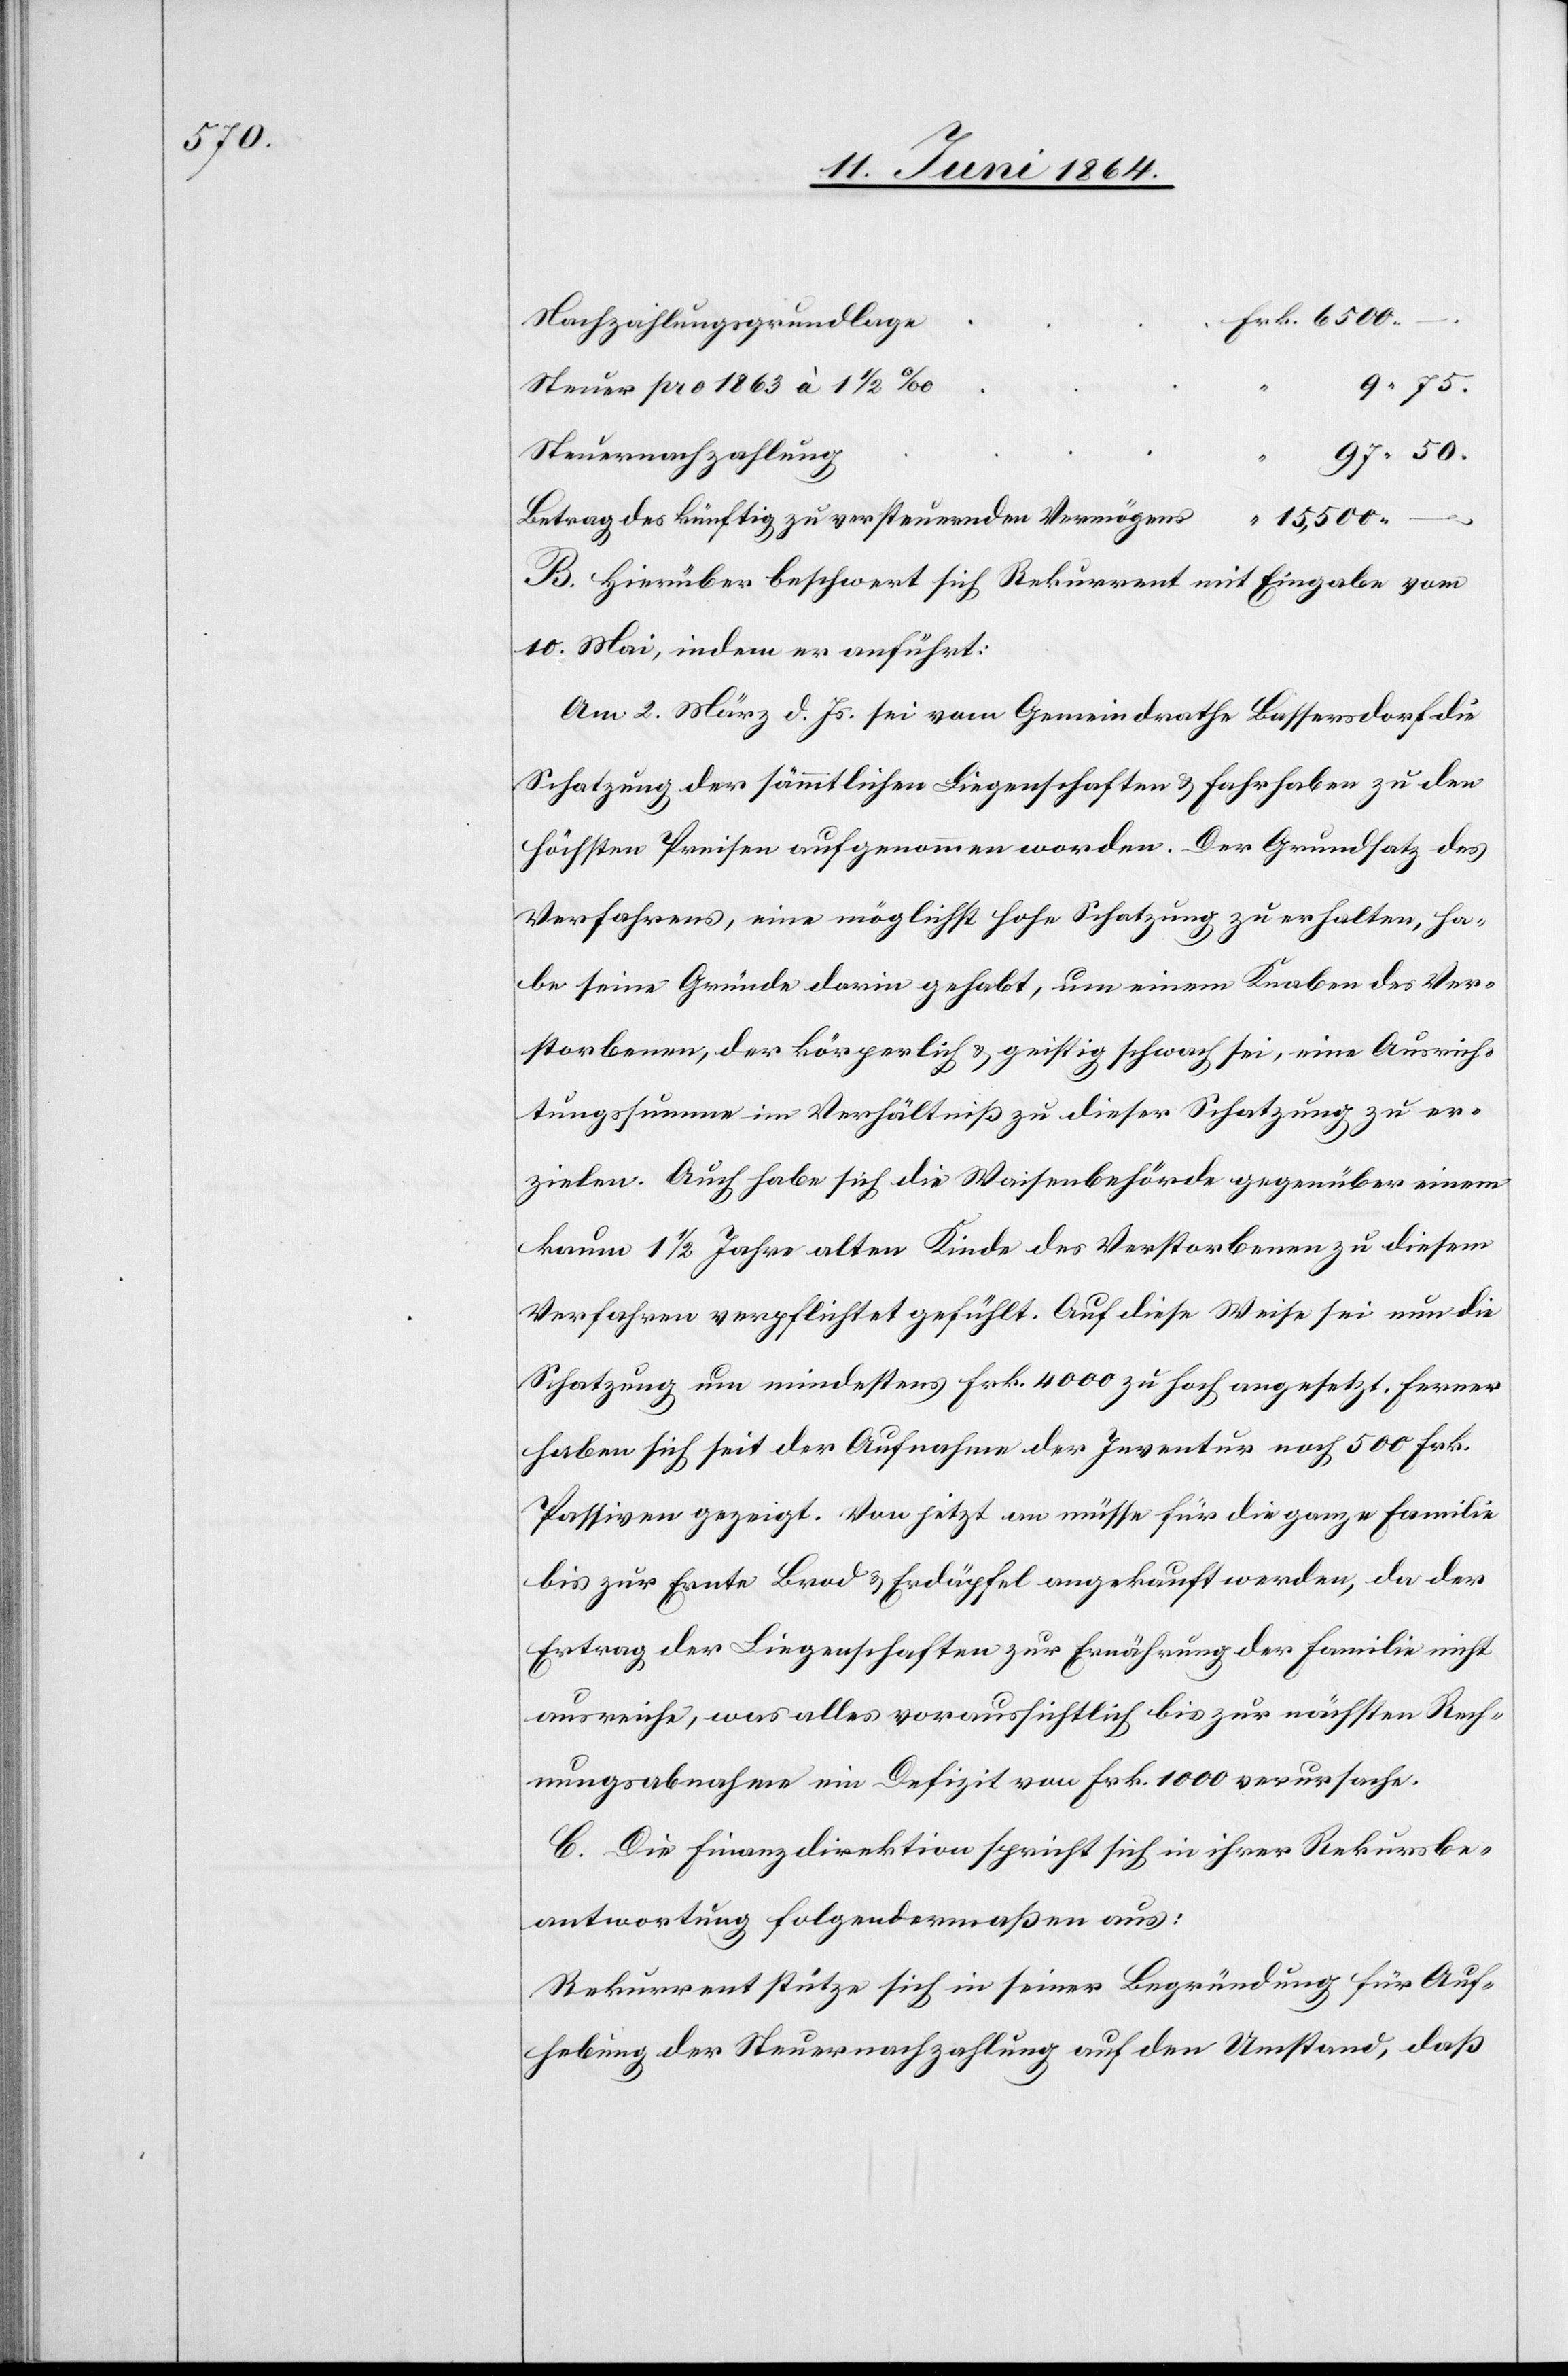
6500

“
Nachzahlungsgrundlage
75.
Steuer pro 1863 à 1 1/2‰
Betrag des künftig zu versteuernden Vermögens
B. Hierüber beschwert sich Rekurrent mit Eingabe vom
10. Mai, indem er anführt:
Am 2. März d. Js. sei vom Gemeindrathe Bassersdorf die
Schatzung der sämmtlichen Liegenschaften u. Fahrhaben zu den
höchsten Preisen aufgenommen worden. Der Grundsatz des
Verfahrens, eine möglichst hohe Schatzung zu erhalten, ha¬
be seine Gründe darin gehabt, um einen Knaben des Ver¬
storbenen, der körperlich u. geistig schwach sei, eine Ausrich¬
tungssumme im Verhältniß zu dieser Schatzung zu er¬
zielen. Auch habe sich die Waisenbehörde gegenüber einem
kaum 1 1/2 Jahre alten Kinde des Verstorbenen zu diesem
Verfahren verpflichtet gefühlt. Auf diese Weise sei nun die
Schatzung um mindestens Frk. 4000 zu hoch angesetzt. Ferner
haben sich seit der Aufnahme der Inventur noch 500 Frk.
Passiven gezeigt. Von jetzt an müsse für die ganze Familie
bis zur Ernte Brod u. Erdäpfel angekauft werden, da der
Ertrag der Liegenschaften zur Ernährung der Familie nicht
ausreiche, was alles voraussichtlich bis zur nächsten Rech¬
nungsabnahme ein Defizit von Frk. 1000 verursache.
C. Die Finanzdirektion spricht sich in ihrer Rekursbe¬
antwortung folgendermaßen aus:
Rekurrent stütze sich in seiner Begründung für Auf¬
hebung der Steuernachzahlung auf den Umstand, daß